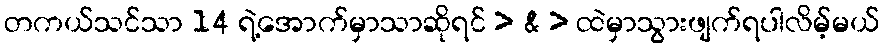
တကယ်သင်သာ 14 ရဲ့အောက်မှာသာဆိုရင် > & > ထဲမှာသွားဖျက်ရပါလိမ့်မယ်